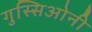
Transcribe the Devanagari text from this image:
गुस्सिओनी